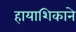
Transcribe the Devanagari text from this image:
हायाशिकाने